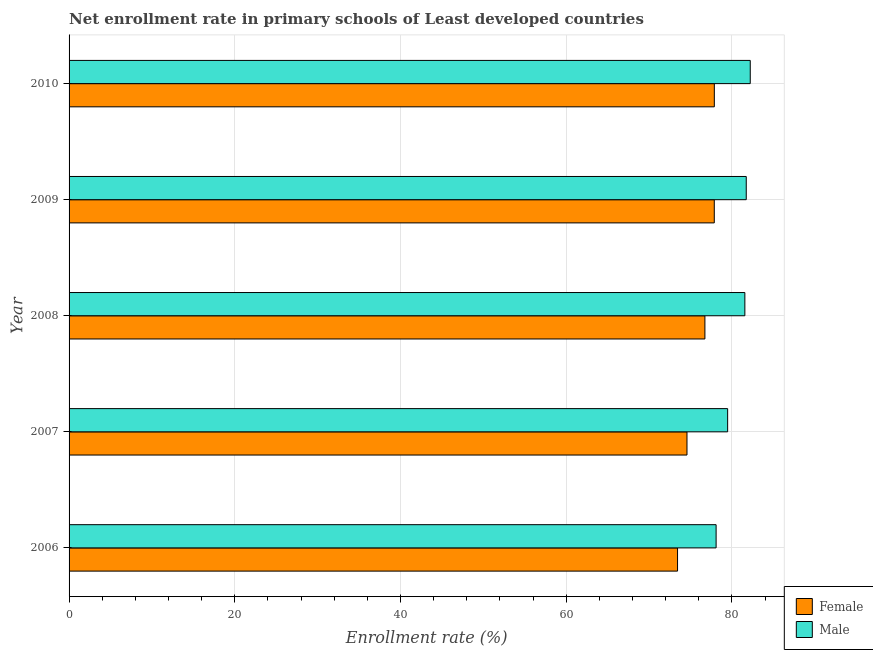
| Year | Female | Male |
 | --- | --- | --- |
 | 2006 | 73.4 | 78.1 |
 | 2007 | 74.6 | 79.5 |
 | 2008 | 76.7 | 81.6 |
 | 2009 | 77.9 | 81.7 |
 | 2010 | 77.9 | 82.2 |